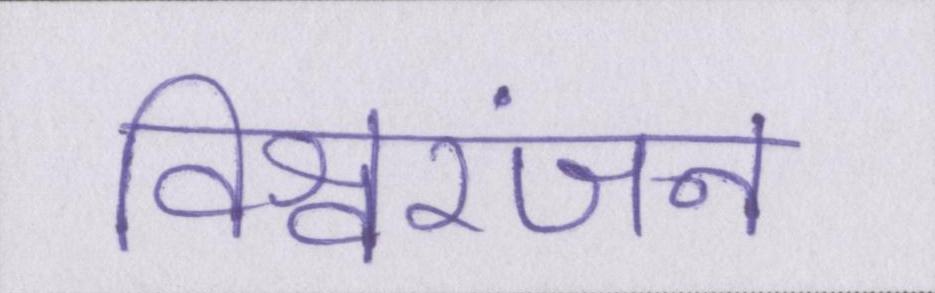
विश्वरंजन